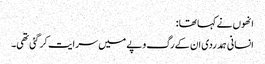
انھوں نے کہا تھا :
انسانی ہمدردی ان کے رگ و پے میں سرایت کر گئی تھی۔